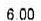
6.00